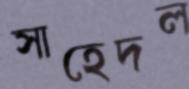
সাহেদল